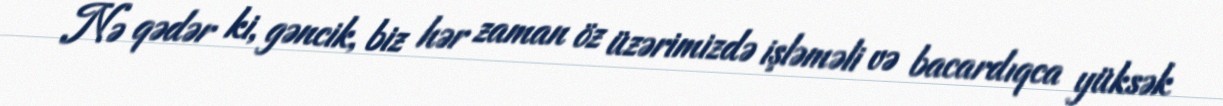
Nə qədər ki, gəncik, biz hər zaman öz üzərimizdə işləməli və bacardıqca yüksək